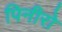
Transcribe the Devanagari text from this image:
पिनीरो